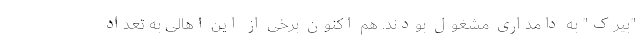
"بیرک" به دامداری مشغول بودند. هم اکنون برخی از این اهالی به تعداد